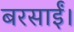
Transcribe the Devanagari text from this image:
बरसाईं।